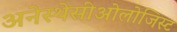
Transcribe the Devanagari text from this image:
अनेस्थेसीओलोजिस्ट